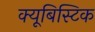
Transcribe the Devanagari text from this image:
क्यूबिस्टिक